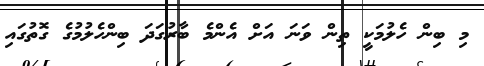
މި ބިން ހެލުމަކީ ތިން ވަނަ އަށް އެންމެ ބާރުގަދަ ބިންހެލުމުގެ ގޮތުގައި